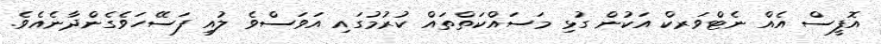
އޮފީސް އެއް ނެޓްވަރކް އަކުން ގުޅި މަސައްކަތްތައް ކުރުމުގައި އަވަސްވެ ލުއި ފަސޭހަވެގެންދާނެއެވެ.